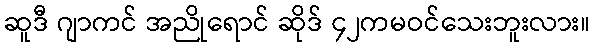
ဆူဒီ ဂျာကင် အညိုရောင် ဆိုဒ် ၄၂ကမဝင်သေးဘူးလား။